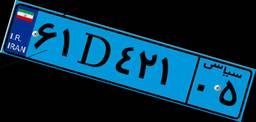
۶۱D۴۲۱۰۵